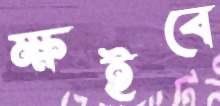
ক্ষইবে